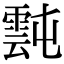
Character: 霕